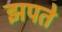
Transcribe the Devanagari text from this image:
झपते